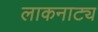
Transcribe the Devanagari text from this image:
लाकनाट्य